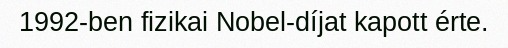
1992-ben fizikai Nobel-díjat kapott érte.